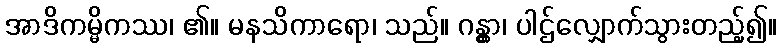
အာဒိကမ္မိကဿ၊ ၏။ မနသိကာရော၊ သည်။ ဂန္တွာ၊ ပါဌ်လျှောက်သွားတည့်၍။